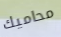
محاميك